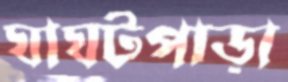
ঘাঘটপাড়া